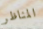
المناظر